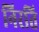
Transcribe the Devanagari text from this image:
निरति